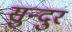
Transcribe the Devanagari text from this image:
सुन्दुर